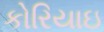
કોરિયાઇ